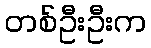
တစ်ဦးဦးက